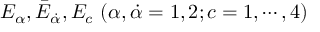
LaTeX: E _ { \alpha } , { \bar { E } } _ { \dot { \alpha } } , E _ { c } \ ( \alpha , \dot { \alpha } = 1 , 2 ; c = 1 , \cdots , 4 )